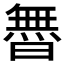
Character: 𱢬